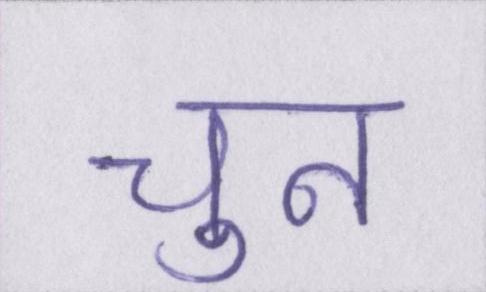
चुन